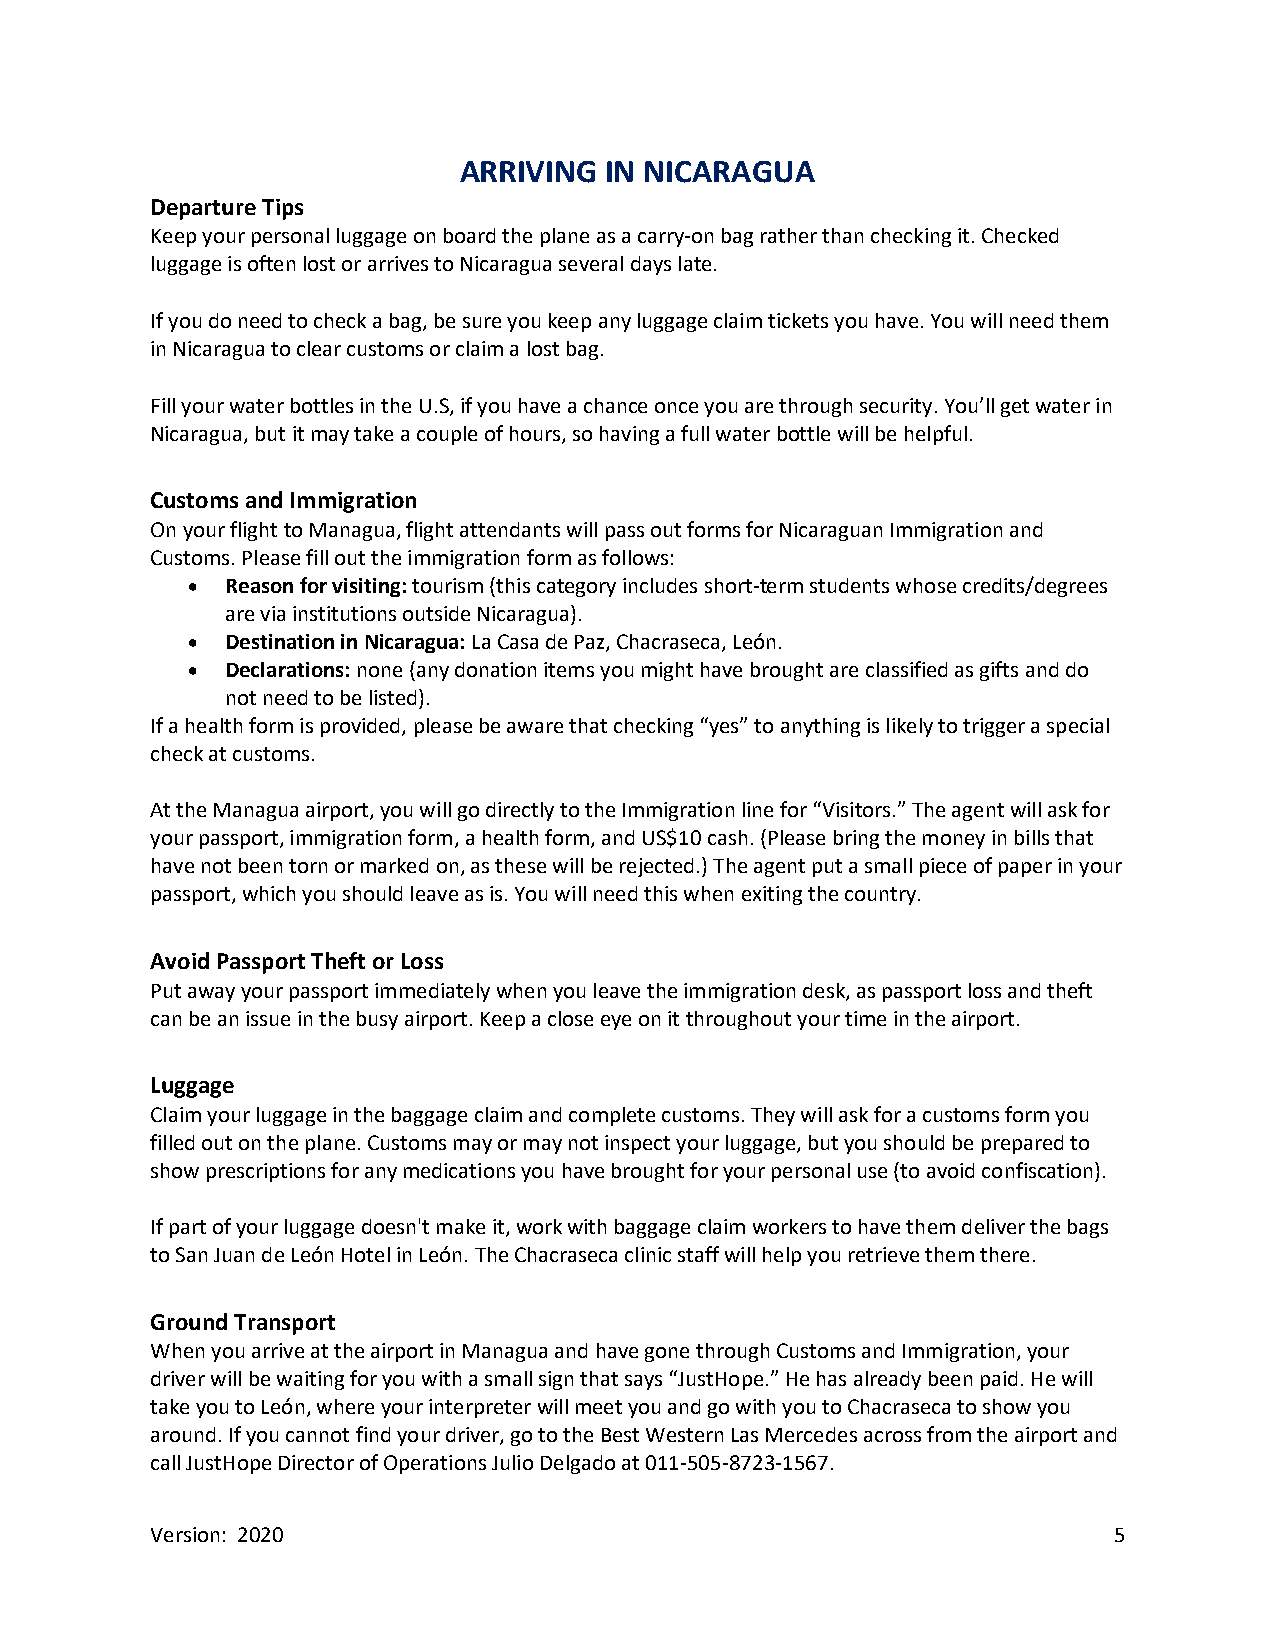
ARRIVING  IN NICARAGUA
 Departure Tips
 Keep your personal luggage on board the plane as a carry-on bag rather than checking it. Checked
 luggage is often lost or arrives to Nicaragua several days late.
 If you do need to check a bag, be sure you keep any luggage claim tickets you have. You will need them
 in Nicaragua to clear customs or claim a lost bag.
 Fill your water bottles in the U.S, if you have a chance once you are through security. You’ll get water in
 Nicaragua, but it may take a couple of hours, so having a full water bottle will be helpful.
 Customs and Immigration
 On your flight to Managua, flight attendants will pass out forms for Nicaraguan Immigration and
 Customs. Please fill out the immigration form as follows:
 •  Reason for visiting: tourism (this category includes short-term students whose credits/degrees
 are via institutions outside Nicaragua).
 •  Destination in Nicaragua: La Casa de Paz, Chacraseca, León.
 •  Declarations: none (any donation items you might have brought are classified as gifts and do
 not need to be listed).
 If a health form is provided, please be aware that checking “yes” to anything is likely to trigger a special
 check at customs.
 At the Managua airport, you will go directly to the Immigration line for “Visitors.” The agent will ask for
 your passport, immigration form, a health form, and US$10 cash. (Please bring the money in bills that
 have not been torn or marked on, as these will be rejected.) The agent put a small piece of paper in your
 passport, which you should leave as is. You will need this when exiting the country.
 Avoid Passport Theft or Loss
 Put away your passport immediately when you leave the immigration desk, as passport loss and theft
 can be an issue in the busy airport. Keep a close eye on it throughout your time in the airport.
 Luggage
 Claim your luggage in the baggage claim and complete customs. They will ask for a customs form you
 filled out on the plane. Customs may or may not inspect your luggage, but you should be prepared to
 show prescriptions for any medications you have brought for your personal use (to avoid confiscation).
 If part of your luggage doesn't make it, work with baggage claim workers to have them deliver the bags
 to San Juan de León Hotel in León. The Chacraseca clinic staff will help you retrieve them there.
 Ground Transport
 When you arrive at the airport in Managua and have gone through Customs and Immigration, your
 driver will be waiting for you with a small sign that says “JustHope.” He has already been paid. He will
 take you to León, where your interpreter will meet you and go with you to Chacraseca to show you
 around. If you cannot find your driver, go to the Best Western Las Mercedes across from the airport and
 call JustHope Director of Operations Julio Delgado at 011-505-8723-1567.
 Version: 2020                                                   5